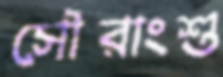
সৌরাংশু